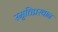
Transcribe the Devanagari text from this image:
स्मृतिप्रस्थान